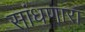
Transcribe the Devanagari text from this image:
सांधणारा